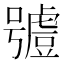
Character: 𧇼